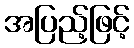
အပြည့်ဖြင့်